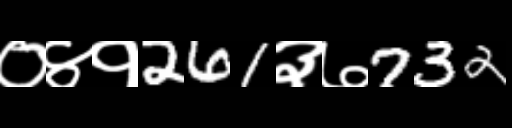
Text: ०४१261३७732